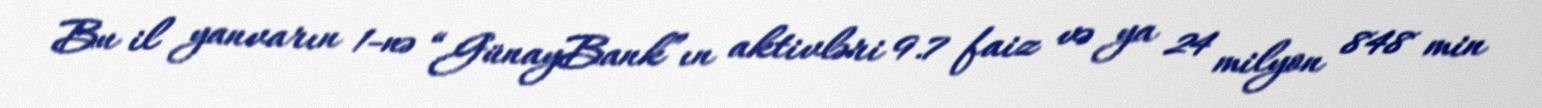
Bu il yanvarın 1-nə “GünayBank”ın aktivləri 9.7 faiz və ya 24 milyon 848 min